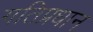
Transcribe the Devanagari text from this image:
गतिप्रधान